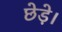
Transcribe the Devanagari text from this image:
छेड़े।